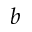
b